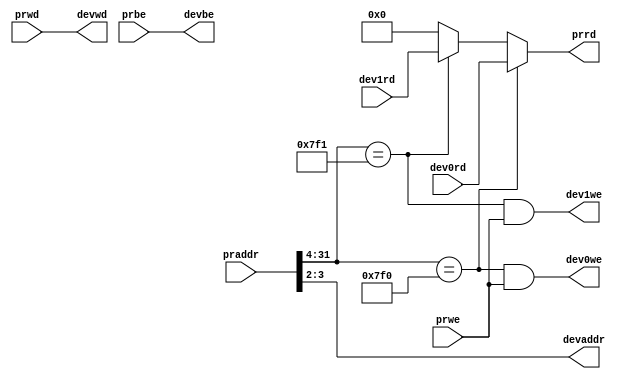
`timescale 1ns / 1ps
//////////////////////////////////////////////////////////////////////////////////
// Company: 
// Engineer: 
// 
// Design Name: 
// Module Name:    bridge 
// Project Name: 
// Target Devices: 
// Tool versions: 
// Description: 
//
// Dependencies: 
//
// Revision: 
// Revision 0.01 - File Created
// Additional Comments: 
//
//////////////////////////////////////////////////////////////////////////////////
module bridge(
	 input [31:0] praddr,
	 input [31:0] dev0rd,
	 input [31:0] dev1rd,
	 input [31:0] prwd,
	 input prwe,
	 input [3:0] prbe,
	 output [3:0] devbe,
	 output [1:0] devaddr,
	 output [31:0] devwd,
	 output [31:0] prrd,
	 output dev0we,
	 output dev1we
    );
	 
	 assign devbe = prbe;
	 assign devaddr = praddr[3:2];
	 
	 wire hitdev0, hitdev1;
	 
	 assign hitdev0 = (praddr[31:4]==32'h00007f0);
	 assign hitdev1 = (praddr[31:4]==32'h00007f1);
	
	 assign prrd = (hitdev0)?dev0rd:
						(hitdev1)?dev1rd:
						0;
						
	 assign dev0we = hitdev0&&prwe;
	 assign dev1we = hitdev1&&prwe;
						
	 assign devwd = prwd;
	 

endmodule